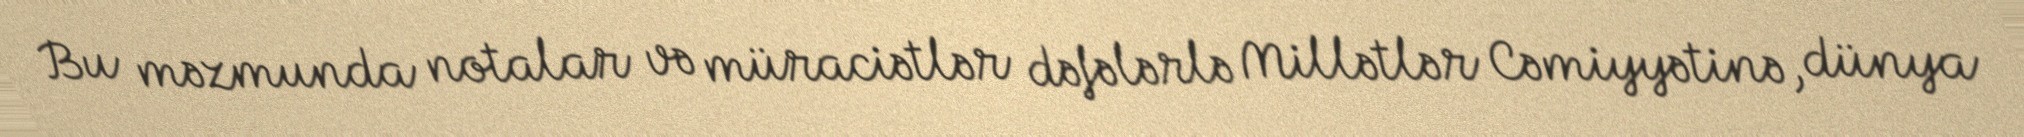
Bu məzmunda notalar və müraciətlər dəfələrlə Millətlər Cəmiyyətinə, dünya